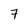
Character: 7